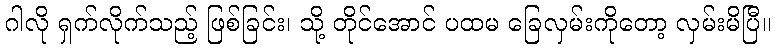
ဂါလို ရှက်လိုက်သည့် ဖြစ်ခြင်း၊ သို့ တိုင်အောင် ပထမ ခြေလှမ်းကိုတော့ လှမ်းမိပြီ။